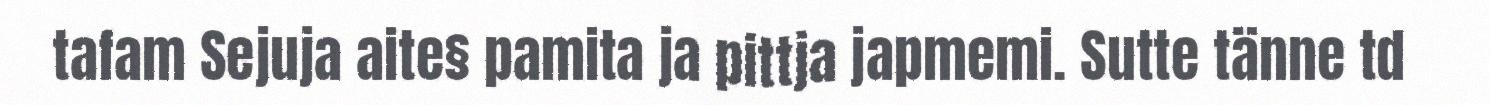
tafam Sejuja aite§ pamita ja pittja japmemi. Sutte tänne td